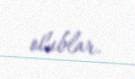
olublar.